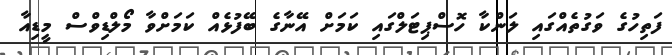
ފަތިހުގެ ވަގުތެއްގައި ލަންކާ ހޮސްޕިޓަލްގައި ކަމަށް އޭނާގެ ބޭފުޅެއް ކަމަށްވާ މޯލްޑިވްސް މީޑިއާ